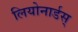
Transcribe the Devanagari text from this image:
लियोनार्डस्